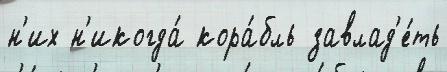
н'их н'икогда́ кора́бль завлад'е́ть